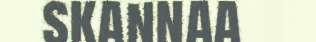
skannaa